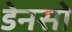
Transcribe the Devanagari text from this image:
डेनसो